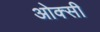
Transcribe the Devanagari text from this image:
ओक्सी